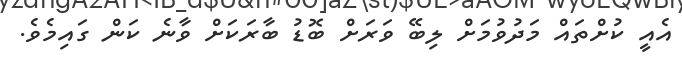
އެއީ ކުށްތައް މަދުވުމަށް ލިބޭ ވަރަށް ބޮޑު ބާރަކަށް ވާނެ ކަން ގައިމެވެ.